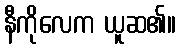
နီကိုလေက ယူဆ၏။